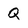
Character: Q